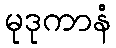
မုဒုကာနံ